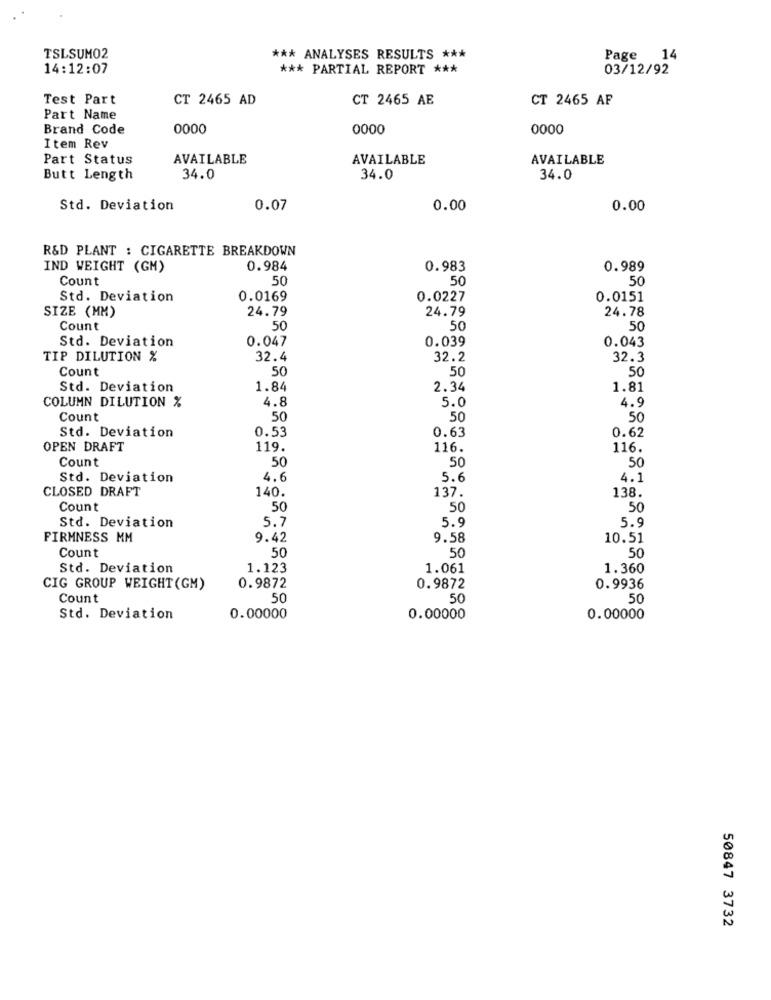
TSLSUMO2
*** ANALYSES RESULTS ***
Page 14
14:12:07
*** PARTIAL REPORT ***
03/12/92
Test Part
CT 2465 AD
CT 2465 AE
CT 2465 AF
Part Name
Brand Code
0000
0000
0000
Item Rev
Part Status
AVAILABLE
AVAILABLE
AVAILABLE
Butt Length
34.0
34.0
34.0
Std. Deviation
0.07
0.00
0.00
R&D PLANT : CIGARETTE BREAKDOWN
IND WEIGHT (GM)
0.984
0.983
0.989
Count
50
50
50
Std. Deviation
0.0169
0.0227
0.0151
SIZE (MM)
24.79
24.79
24.78
Count
50
50
50
Std. Deviation
0.047
0.039
0.043
TIP DILUTION %
32.4
32.2
32.3
Count
50
50
50
Std. Deviation
1.84
2.34
1.81
4.8
5.0
COLUMN DILUTION %
4.9
Count
50
50
50
Std. Deviation
0.53
0.63
0.62
OPEN DRAFT
119.
116.
116.
Count
50
50
.50
Std. Deviation
4.6
5.6
4.1
CLOSED DRAFT
140.
137.
138.
Count
50
50
50
5.7
5.9
5.9
Std. Deviation
FIRMNESS MM
9.42
9.58
10.51
50
50
Count
50
Std. Deviation
1.123
1.061
1.360
CIG GROUP WEIGHT (GM)
0.9872
0.9872
0.9936
Count
50
50
50
Std. Deviation
0.00000
0.00000
0.00000
50847 3732